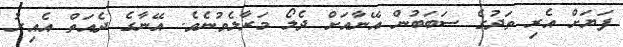
ފަޔަށް އެރި ތަދުގެ ސަބަބުން އޭނާއަށް ދެލޯ މަރާލެވުނެވެ. އޭނާގެ ދެއަތް އެއިރު